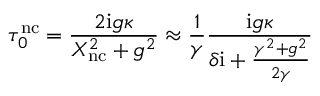
\tau _ { 0 } ^ { \mathrm { n c } } = \frac { 2 \mathrm { i } g \kappa } { X _ { \mathrm { n c } } ^ { 2 } + g ^ { 2 } } \approx \frac { 1 } { \gamma } \frac { \mathrm { i } g \kappa } { \delta \mathrm { i } + \frac { \gamma ^ { 2 } + g ^ { 2 } } { 2 \gamma } }